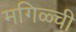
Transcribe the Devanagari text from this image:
मगिळ्ची